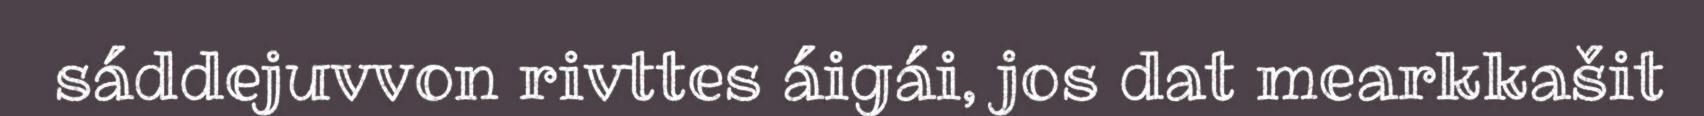
sáddejuvvon rivttes áigái, jos dat mearkkašit